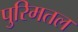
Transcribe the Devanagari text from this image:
पुरिमतल